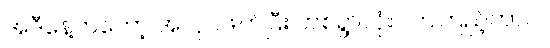
အဲဒီနေ့ကတော့ အလုပ်ဖျက်ပြီး တစ်ရွာလုံး လာကြည့်တာပဲ။